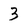
Character: 3